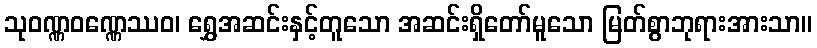
သုဝဏ္ဏဝဏ္ဏေဿဝ၊ ရွှေအဆင်းနှင့်တူသော အဆင်းရှိတော်မူသော မြတ်စွာဘုရားအားသာ။